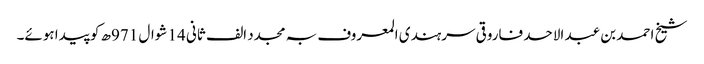
شیخ احمد بن عبد الاحد فاروقی سرہندی المعروف بہ مجدد الف ثانی 14 شوال 971ھ کو پیدا ہوئے۔